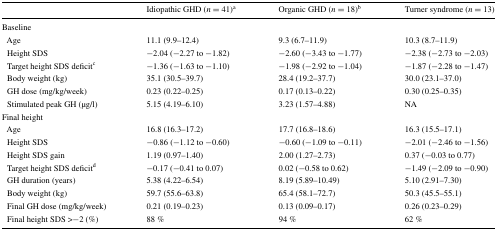
|  | Idiopathic GHD (n = 41)a | Organic GHD (n = 18)b | Turner syndrome (n = 13) |
 | --- | --- | --- | --- |
 | <COLSPAN=4> Baseline |
 | Age | 11.1 (9.9–12.4) | 9.3 (6.7–11.9) | 10.3 (8.7–11.9) |
 | Height SDS | −2.04 (−2.27 to −1.82) | −2.60 (−3.43 to −1.77) | −2.38 (−2.73 to −2.03) |
 | Target height SDS deficitc | −1.36 (−1.63 to −1.10) | −1.98 (−2.92 to −1.04) | −1.87 (−2.28 to −1.47) |
 | Body weight (kg) | 35.1 (30.5–39.7) | 28.4 (19.2–37.7) | 30.0 (23.1–37.0) |
 | GH dose (mg/kg/week) | 0.23 (0.22–0.25) | 0.17 (0.13–0.22) | 0.30 (0.25–0.35) |
 | Stimulated peak GH (μg/l) | 5.15 (4.19–6.10) | 3.23 (1.57–4.88) | NA |
 | <COLSPAN=4> Final height |
 | Age | 16.8 (16.3–17.2) | 17.7 (16.8–18.6) | 16.3 (15.5–17.1) |
 | Height SDS | −0.86 (−1.12 to −0.60) | −0.60 (−1.09 to −0.11) | −2.01 (−2.46 to −1.56) |
 | Height SDS gain | 1.19 (0.97–1.40) | 2.00 (1.27–2.73) | 0.37 (−0.03 to 0.77) |
 | Target height SDS deficitd | −0.17 (−0.41 to 0.07) | 0.02 (−0.58 to 0.62) | −1.49 (−2.09 to −0.90) |
 | GH duration (years) | 5.38 (4.22–6.54) | 8.19 (5.89–10.49) | 5.10 (2.91–7.30) |
 | Body weight (kg) | 59.7 (55.6–63.8) | 65.4 (58.1–72.7) | 50.3 (45.5–55.1) |
 | Final GH dose (mg/kg/week) | 0.21 (0.19–0.23) | 0.13 (0.09–0.17) | 0.26 (0.23–0.29) |
 | Final height SDS >−2 (%) | 88 % | 94 % | 62 % |